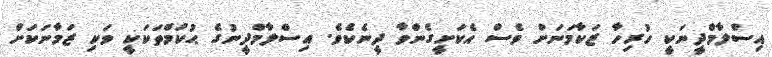
އިސްލާމްދީނަކީ ހުރިހާ ޒަކާމަނަށް ވެސް އެކަށީގެންވާ ދީނެކެވެ. އިސްލާމްދީނުގެ ޙުކުމްތަކަކީ ވަކި ޒަމާނަކަށް